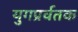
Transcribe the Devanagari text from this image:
युगप्रर्वतक